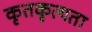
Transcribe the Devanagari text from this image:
कृतकृत्यता